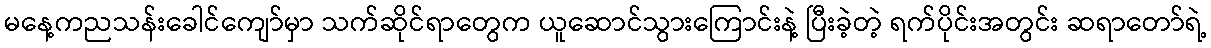
မနေ့ကညသန်းခေါင်ကျော်မှာ သက်ဆိုင်ရာတွေက ယူဆောင်သွားကြောင်းနဲ့ ပြီးခဲ့တဲ့ ရက်ပိုင်းအတွင်း ဆရာတော်ရဲ့